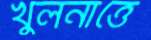
খুলনাত্তে